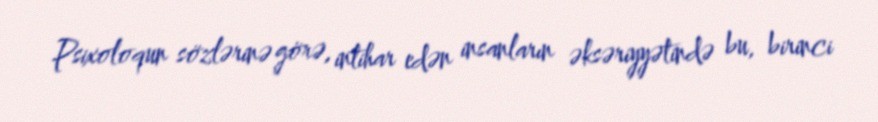
Psixoloqun sözlərinə görə, intihar edən insanların əksəriyyətində bu, birinci